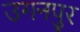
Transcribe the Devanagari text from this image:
उगनपुर